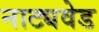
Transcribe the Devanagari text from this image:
नाट्यवेड